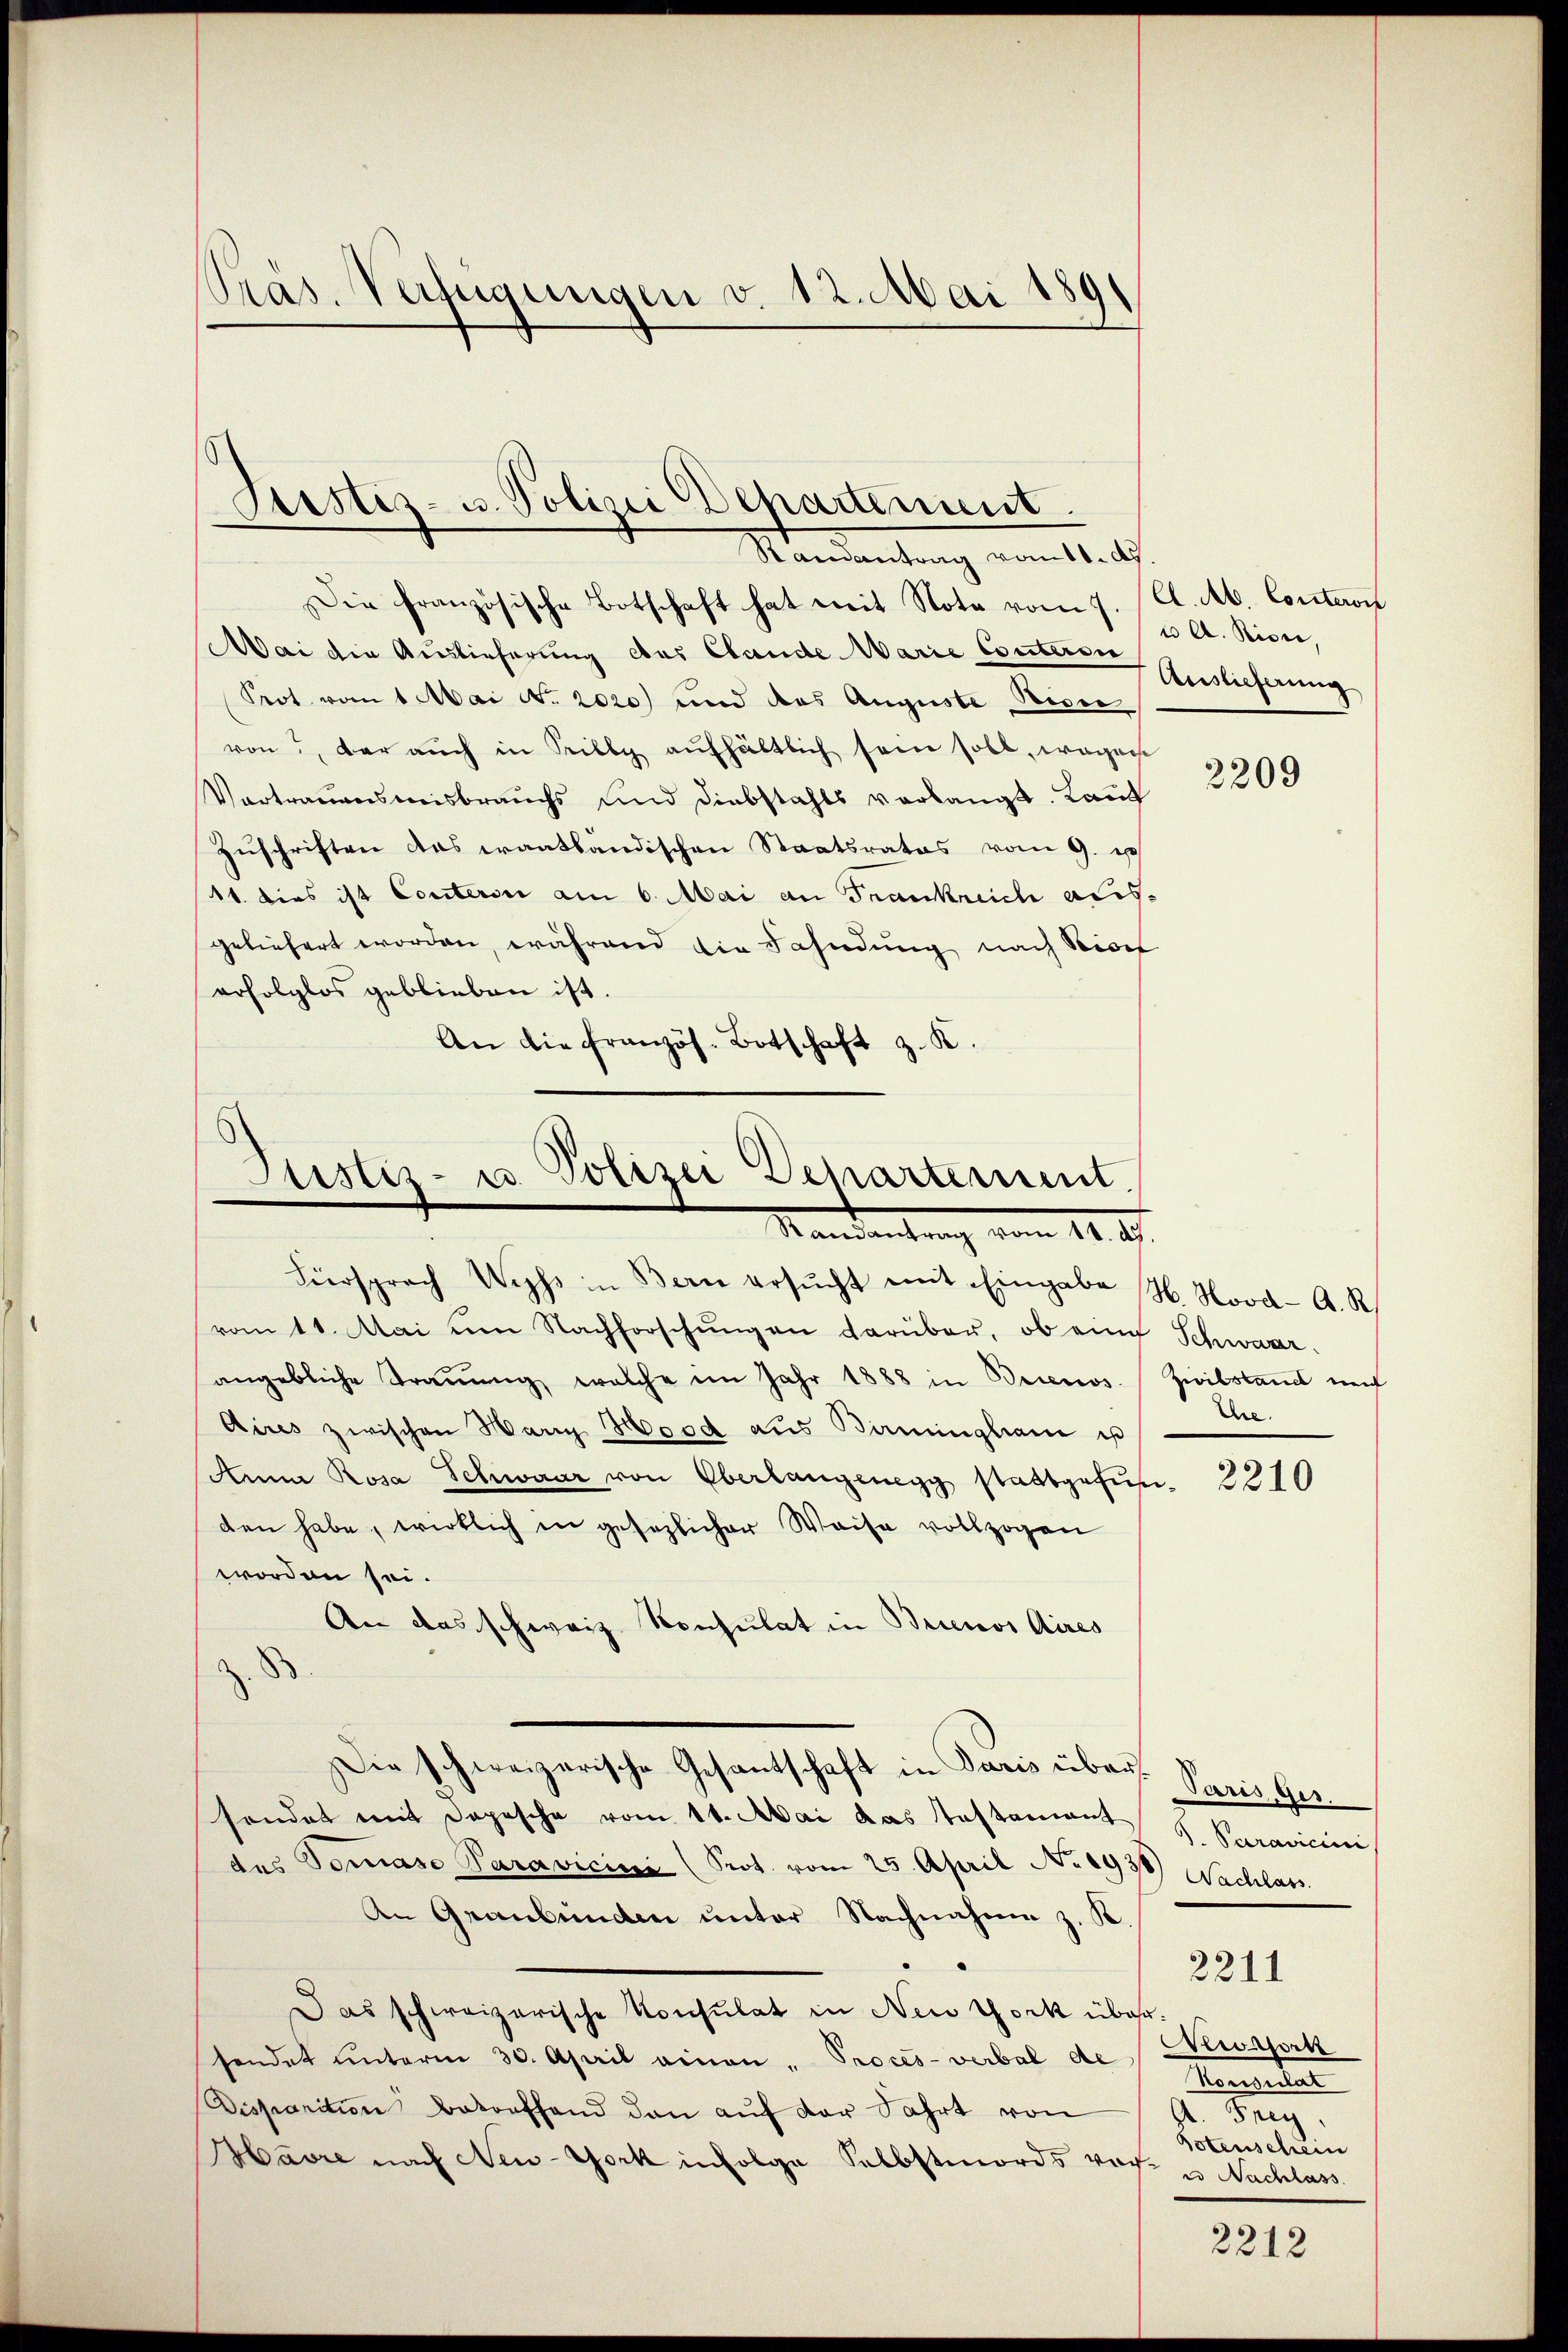
Präs. Verfügungen v. 12. Mai 1891

Justiz- u. Polizei Departement
Randantrag vom 11. d.

Die französische Botschaft hat mit Note vom 7. (Ct. Ab. Conteron
Mai die Auslieferung des Cande Marie Couteren
Prot vom 1. Mai No. 2020) und das Auguste Picer
von, der auch in Pilly aufhältlich sein soll, wegen
Vortrauensmisbrauchs und Diebstahls verlangt. Land
Zuschriften das Frantländischen Staatsrates vom 9. e
11. dies ist Conters am 6. Mai an Frankreich ausgeliefert worden, während die Fahndung nach Seidet
erfolglos geblieben ist.
An die Französ. Botschaft z. K.

Justiz- u. Polizei Departement.
Mandantung vom 14. d.
Fürsprach Wechs in Bern ersŭcht mit Eingabe H. Nova-A. R.

vom 11. Mai um Nachforschŭngen darüber, ob eine Schwaar
angebliche Traŭŭng welche im Jahr 1888 in Brinos. Zivilstand neh
Aires zwischen Marig Mord aus Birmingham us
Anna Rosa Schwaar von Oberlangenegg stattgefunden habe, wirklich in gesezlicher Weise vollzogen
worden sei.
An das schweiz. Konsulat in Buenos Aires
Die schweizerische Gesantschaft in Paris über Paris, Gessonder mit Depesche vom 11. Mai das Testament
des Tomase Paravicini (Prot. vom 25. April No 1936) Nachlass
An Graubünden unter Nachnahme z. K
Das schweizerische Konsulat in New York übersendet unterm 30. April ainen " Proces-verbal de
Disparition Betreffend den aŭf der Fahrt von
Havre nach New-York infolge Selbstmords vor- u Nachlass

u A. Riser,
Auslieferung

2209

Ehe.

2210

S. Paravicini

Meonsort
Manleiter

Botenschein

2211

2212